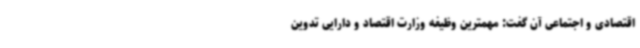
اقتصادی و اجتماعی آن گفت: مهمترین وظیفه وزارت اقتصاد و دارایی تدوین